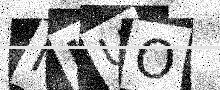
Text: MUUO